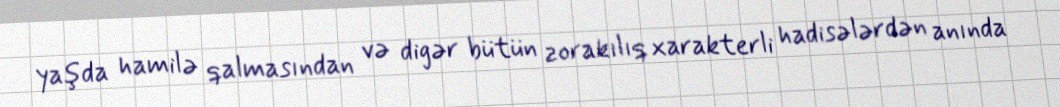
yaşda hamilə qalmasından və digər bütün zorakılıq xarakterli hadisələrdən anında